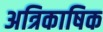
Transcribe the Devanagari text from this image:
अत्रिकाषिक